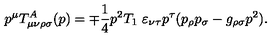
p ^ { \mu } T _ { \mu \nu \rho \sigma } ^ { A } ( p ) = \mp \frac { 1 } { 4 } p ^ { 2 } T _ { 1 } \ \varepsilon _ { \nu \tau } p ^ { \tau } ( p _ { \rho } p _ { \sigma } - g _ { \rho \sigma } p ^ { 2 } ) .